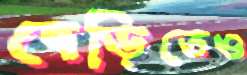
বেড়িতেও